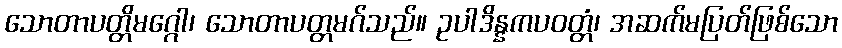
သောတာပတ္တိမဂ္ဂေါ၊ သောတာပတ္တမဂ်သည်။ ဥပါဒိန္နကပဝတ္တံ၊ အဆက်မပြတ်ဖြစ်သော